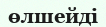
өлшейді